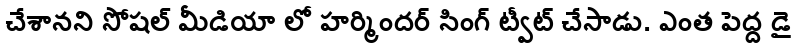
చేశానని సోషల్ మీడియా లో హర్మిందర్ సింగ్ ట్వీట్ చేసాడు. ఎంత పెద్ద డై